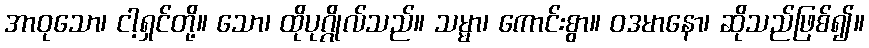
အာဝုသော၊ ငါ့ရှင်တို့။ သော၊ ထိုပုဂ္ဂိုလ်သည်။ သမ္မာ၊ ကောင်းစွာ။ ဝဒမာနော၊ ဆိုသည်ဖြစ်၍။